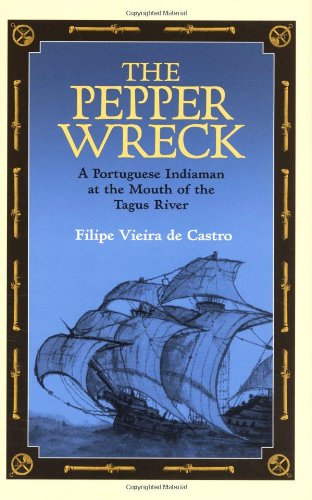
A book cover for The Pepper Wreck: A Portuguese Indiaman at the Mouth of the Tagus River (Ed Rachal Foundation Nautical Archaeology Series); Filipe Vieira de Castro; Travel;